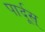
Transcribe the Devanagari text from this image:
पार्दूस्